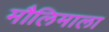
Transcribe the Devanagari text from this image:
मौलिमाला